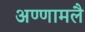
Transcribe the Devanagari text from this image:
अण्णामलै